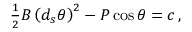
\begin{array} { r } { \frac { 1 } { 2 } B \left( d _ { s } \theta \right) ^ { 2 } - P \cos \theta = c \, , } \end{array}